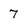
Character: 7